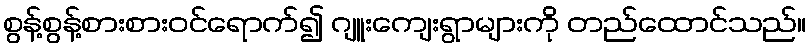
စွန့်စွန့်စားစားဝင်ရောက်၍ ဂျူးကျေးရွာများကို တည်ထောင်သည်။